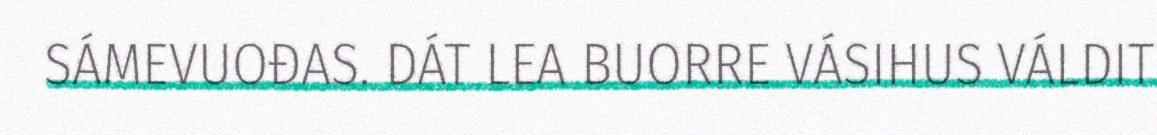
SÁMEVUOĐAS. DÁT LEA BUORRE VÁSIHUS VÁLDIT